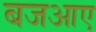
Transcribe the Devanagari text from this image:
बजआए